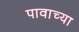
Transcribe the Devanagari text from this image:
पावाच्या